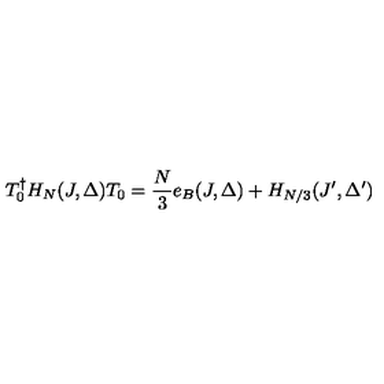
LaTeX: T _ { 0 } ^ { \dag } H _ { N } ( J , \Delta ) T _ { 0 } = \frac { N } { 3 } e _ { B } ( J , \Delta ) + H _ { N / 3 } ( J ^ { \prime } , \Delta ^ { \prime } )